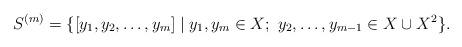
LaTeX: \begin{align*}S^{(m)} = \{ [y_1, y_2, \dots , y_m] \mid y_1, y_m \in X; \ y_2, \dots , y_{m-1} \in X \cup X^2 \} .\end{align*}